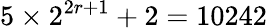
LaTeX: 5\times 2^{2r+1}+2=10242